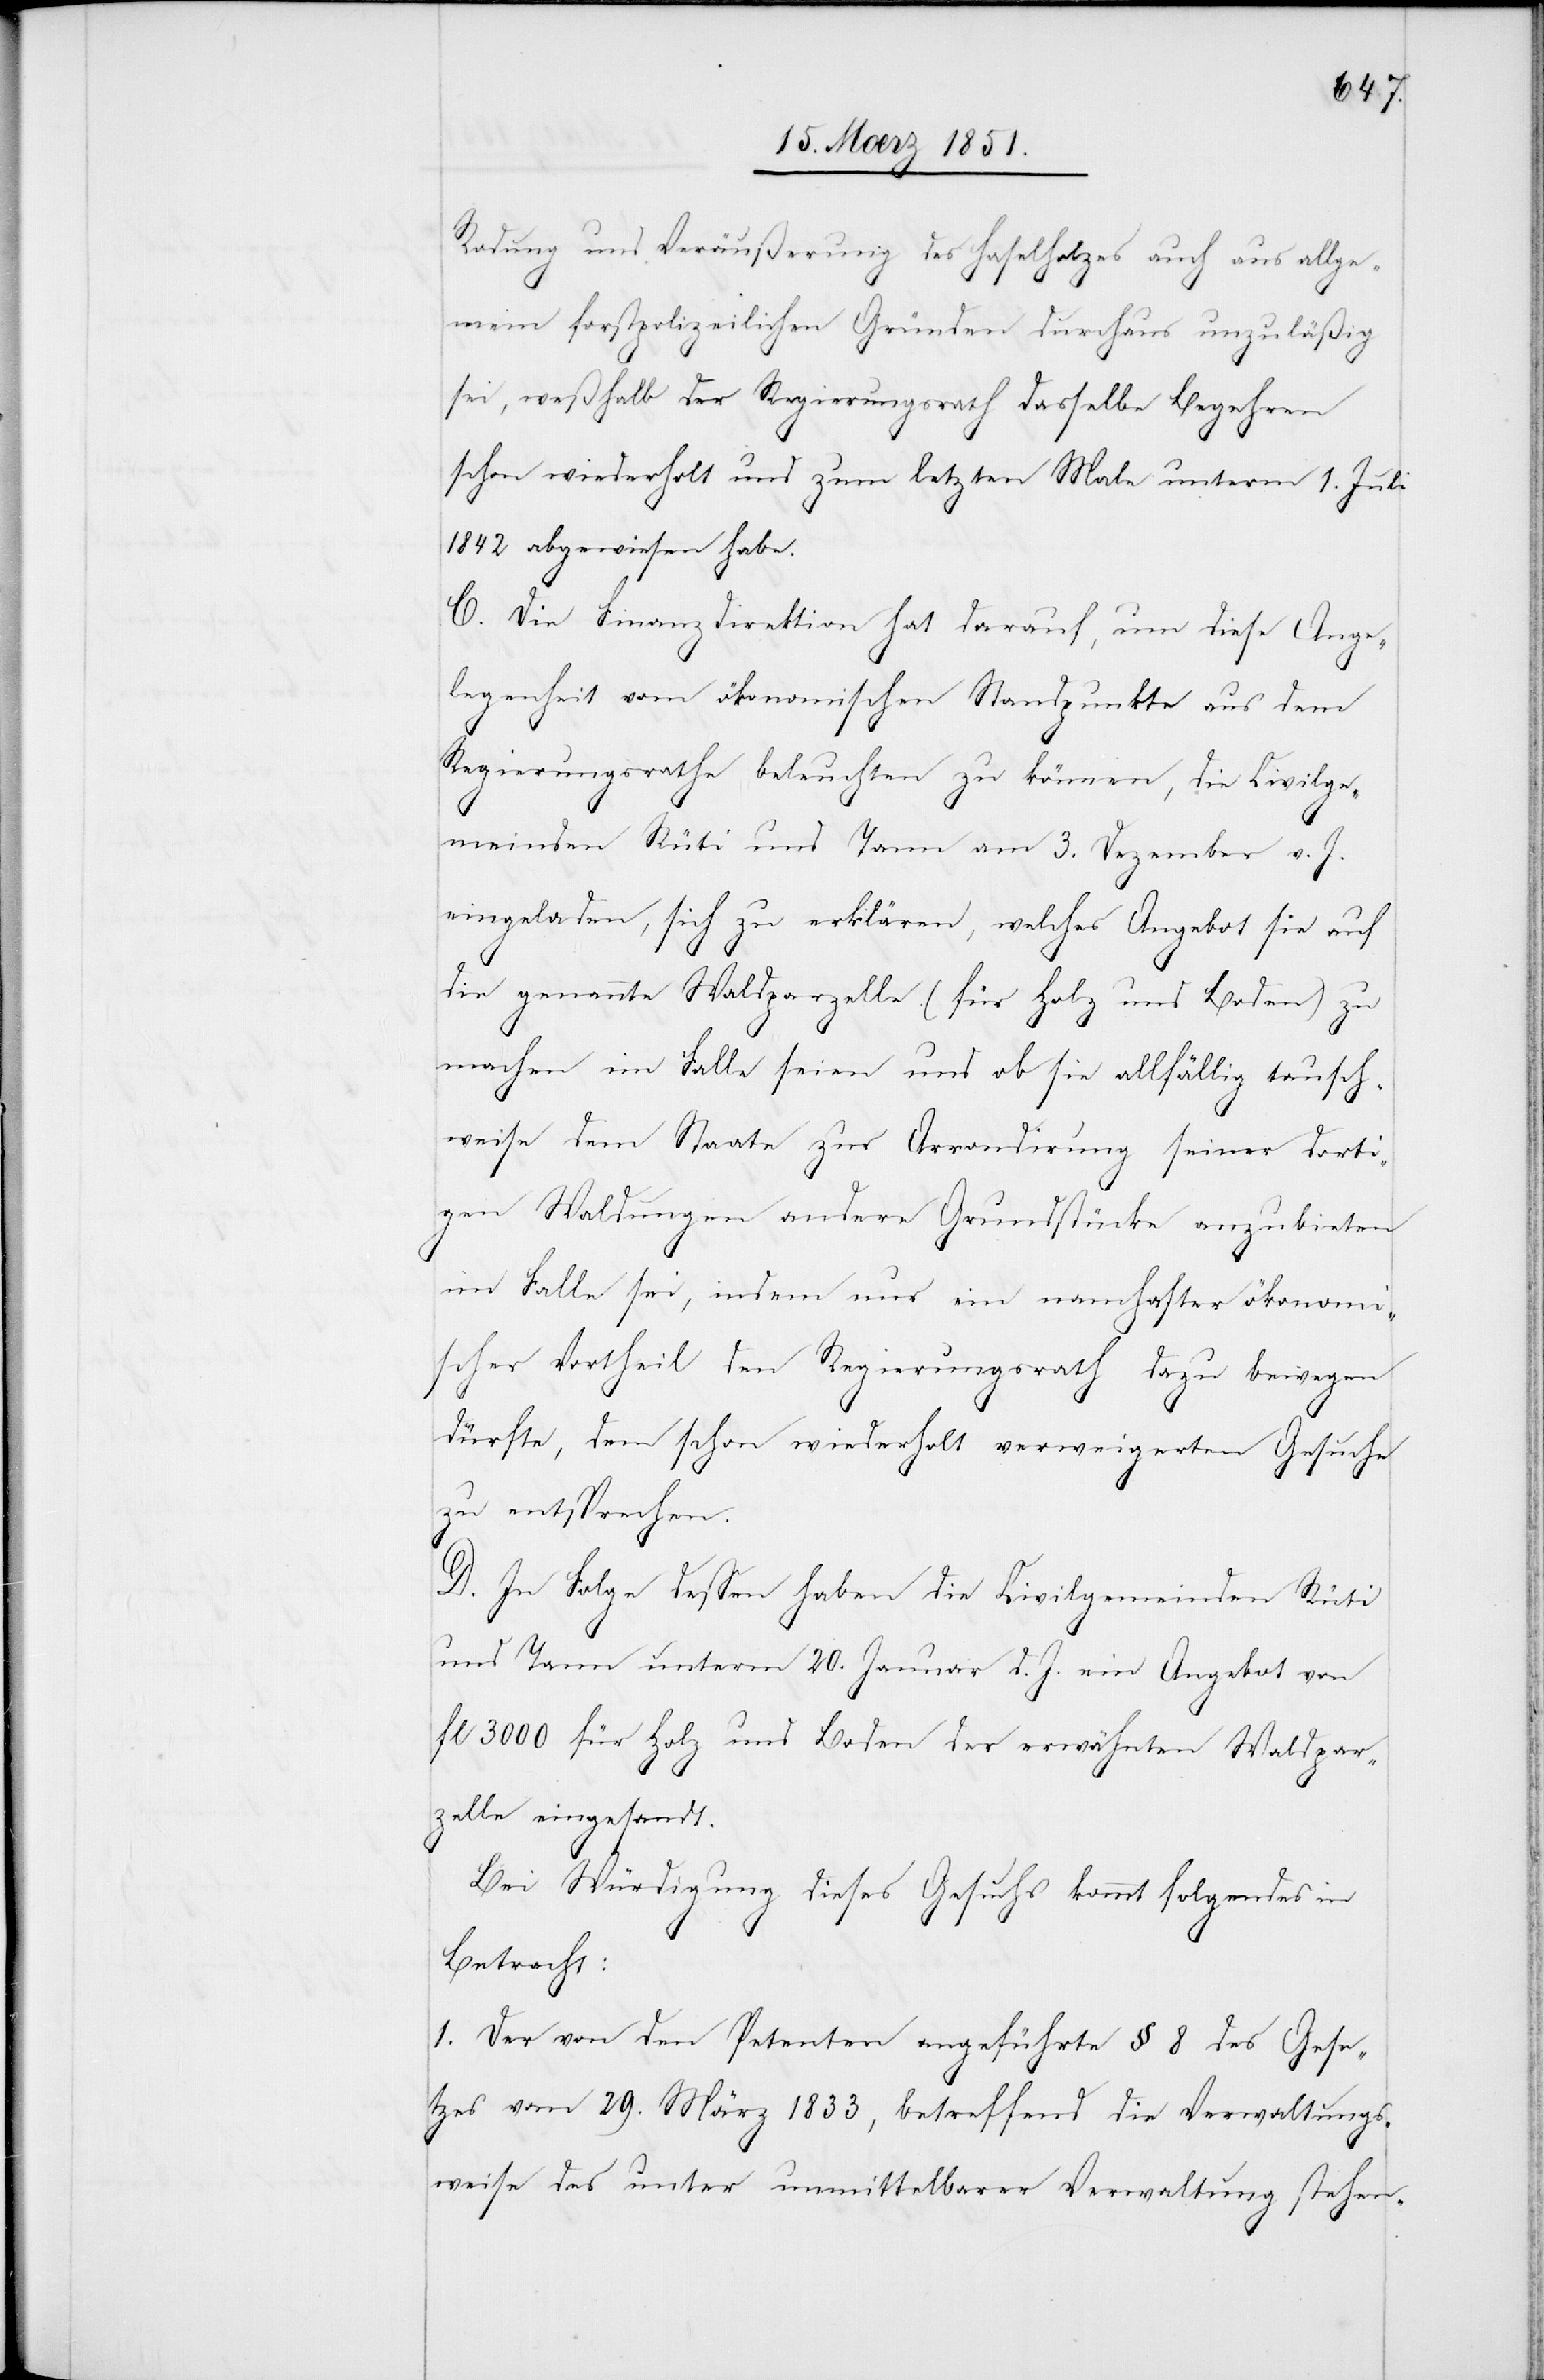
Rodung und Veräußerung des Haselholzes auch aus allge¬
mein forstpolizeilichen Gründen durchaus unzuläßig
sei, weßhalb der Regierungsrath dasselbe Begehren
schon wiederholt und zum letzten Male unterm 1. Juli
1842 abgewiesen habe.
C. Die Finanzdirektion hat darauf, um diese Ange¬
legenheit vom ökonomischen Standpunkte aus dem
Regierungsrathe beleuchten zu können, die Civilge¬
meinden Rüti und Tann am 3. Dezember v. J.
eingeladen, sich zu erklären, welches Angebot sie auf
die genannte Waldparzelle (für Holz und Boden) zu
machen im Falle seien und ob sie allfällig tausch¬
weise dem Staate zur Arrondirung seiner dorti¬
gen Waldungen andere Grundstücke anzubieten
im Falle sei, indem nur ein namhafter ökonomis¬
cher Vortheil den Regierungsrath dazu bewegen
dürfte, dem schon wiederholt verweigerten Gesuche
zu entsprechen.
D. In Folge dessen haben die Civilgemeinden Rüti
und Tann unterm 20. Januar d. J. ein Angebot von
fl 3000 für Holz und Boden der erwähnten Waldpar¬
zelle eingesandt.
Bei Würdigung dieses Gesuchs kommt folgendes in
Betracht:
1. Der von den Petenten angeführte § 8 des Gese¬
tzes vom 29. März 1833, betreffend die Verwaltungs¬
weise des unter unmittelbarer Verwaltung stehen-